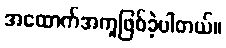
အထောက်အကူဖြစ်ခဲ့ပါတယ်။